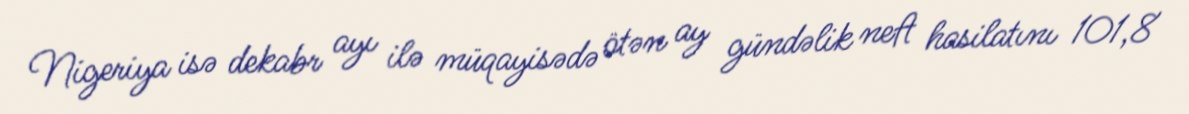
Nigeriya isə dekabr ayı ilə müqayisədə ötən ay gündəlik neft hasilatını 101,8